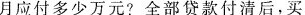
月应付多少万元?全部贷款付清后，买